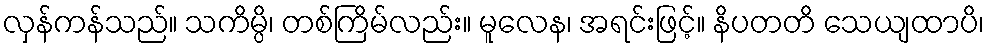
လှန်ကန်သည်။ သကိမ္ပိ၊ တစ်ကြိမ်လည်း။ မူလေန၊ အရင်းဖြင့်။ နိပတတိ သေယျထာပိ၊